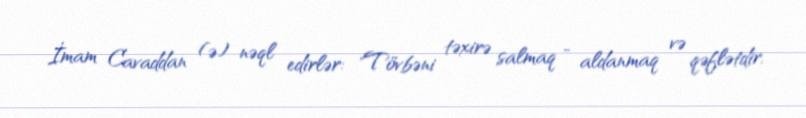
İmam Cavaddan (ə) nəql edirlər: "Tövbəni təxirə salmaq - aldanmaq və qəflətdir,